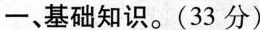
一、基础知识。（33分）